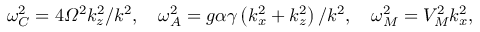
\omega _ { C } ^ { 2 } = 4 \varOmega ^ { 2 } k _ { z } ^ { 2 } / k ^ { 2 } , \quad \omega _ { A } ^ { 2 } = g \alpha \gamma \left( k _ { x } ^ { 2 } + k _ { z } ^ { 2 } \right) / k ^ { 2 } , \quad \omega _ { M } ^ { 2 } = V _ { M } ^ { 2 } k _ { x } ^ { 2 } ,